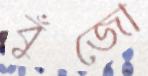
বুঁজো